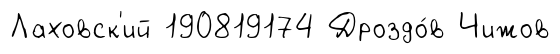
Лаховск'ий 190819174 Дроздо́в Чижов